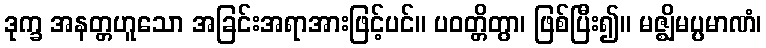
ဒုက္ခ အနတ္တဟူသော အခြင်းအရာအားဖြင့်ပင်။ ပဝတ္တိတွာ၊ ဖြစ်ပြီး၍။ မဇ္ဈိမပ္ပမာဏံ၊